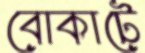
বোকাটে